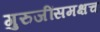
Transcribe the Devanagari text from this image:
गुरुजींसमक्षच